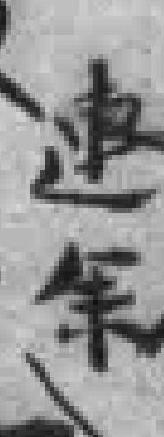
連余